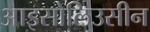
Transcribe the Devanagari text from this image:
आइसोलिउसीन